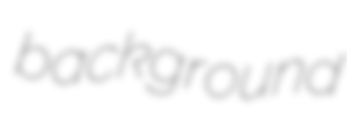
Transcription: background